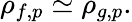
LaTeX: \rho_{f,p}\simeq\rho_{g,p}.